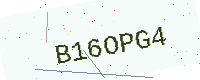
Text: B16OPG4